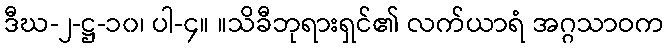
ဒီဃ-၂-ဋ္ဌ-၁၀၊ ပါ-၄။ ။သိခီဘုရားရှင်၏ လက်ယာရံ အဂ္ဂသာဝက